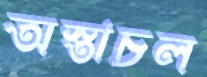
অস্তাচল